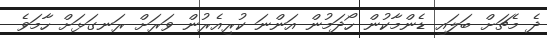
ދެ މެޗަށް ބަލައި ޑެންމާކުން ހޯދަމުން އަންނަ ކުރިއެރުން ވަރަށް ރަނގަޅަށް ހާމަވެ